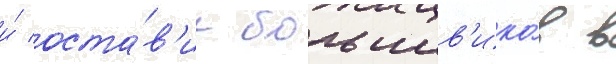
и́ оста́в'ил большев'ико́в в